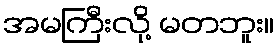
အမကြီးလို့ မတဘူး။